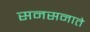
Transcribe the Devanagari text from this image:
सनसनाते